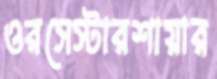
ওরসেস্টারশায়ার